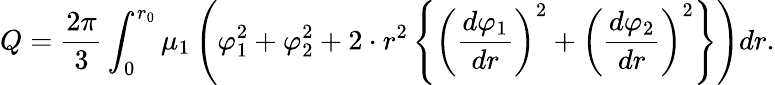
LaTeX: Q=\frac{2\pi}{3}\int_{0}^{r_{0}}\mu_{1}\left(\varphi_{1}^{2}+\varphi_{2}^{2}+2\cdot r^{2}\left\{ \left(\frac{d\varphi_{1}}{dr}\right)^{2}+\left(\frac{d\varphi_{2}}{dr}\right)^{2}\right\} \right)dr.